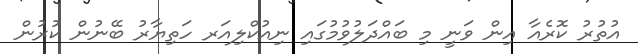
އުތުރު ކޮރެއާ އިން ވަނީ މި ބައްދަލުވުމުގައި ނިއުކްލިއަރ ހަތިޔާރު ބޭނުން ކުރުން